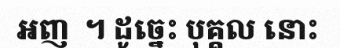
អញ  ។ ដូច្នេះ បុគ្គល នោះ